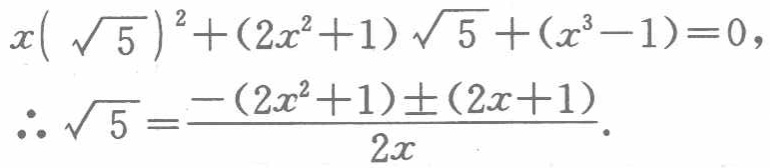
\[
\begin{align*}
x(\sqrt{5})^{2}+(2x^{2}+1)\sqrt{5}+(x^{3}-1)&=0,\\
\therefore\sqrt{5}&=\frac{-(2x^{2}+1)\pm(2x + 1)}{2x}.
\end{align*}
\]